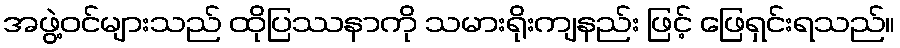
အဖွဲ့ဝင်များသည် ထိုပြဿနာကို သမားရိုးကျနည်း ဖြင့် ဖြေရှင်းရသည်။